Trukikaitis_Postimees, lk 16
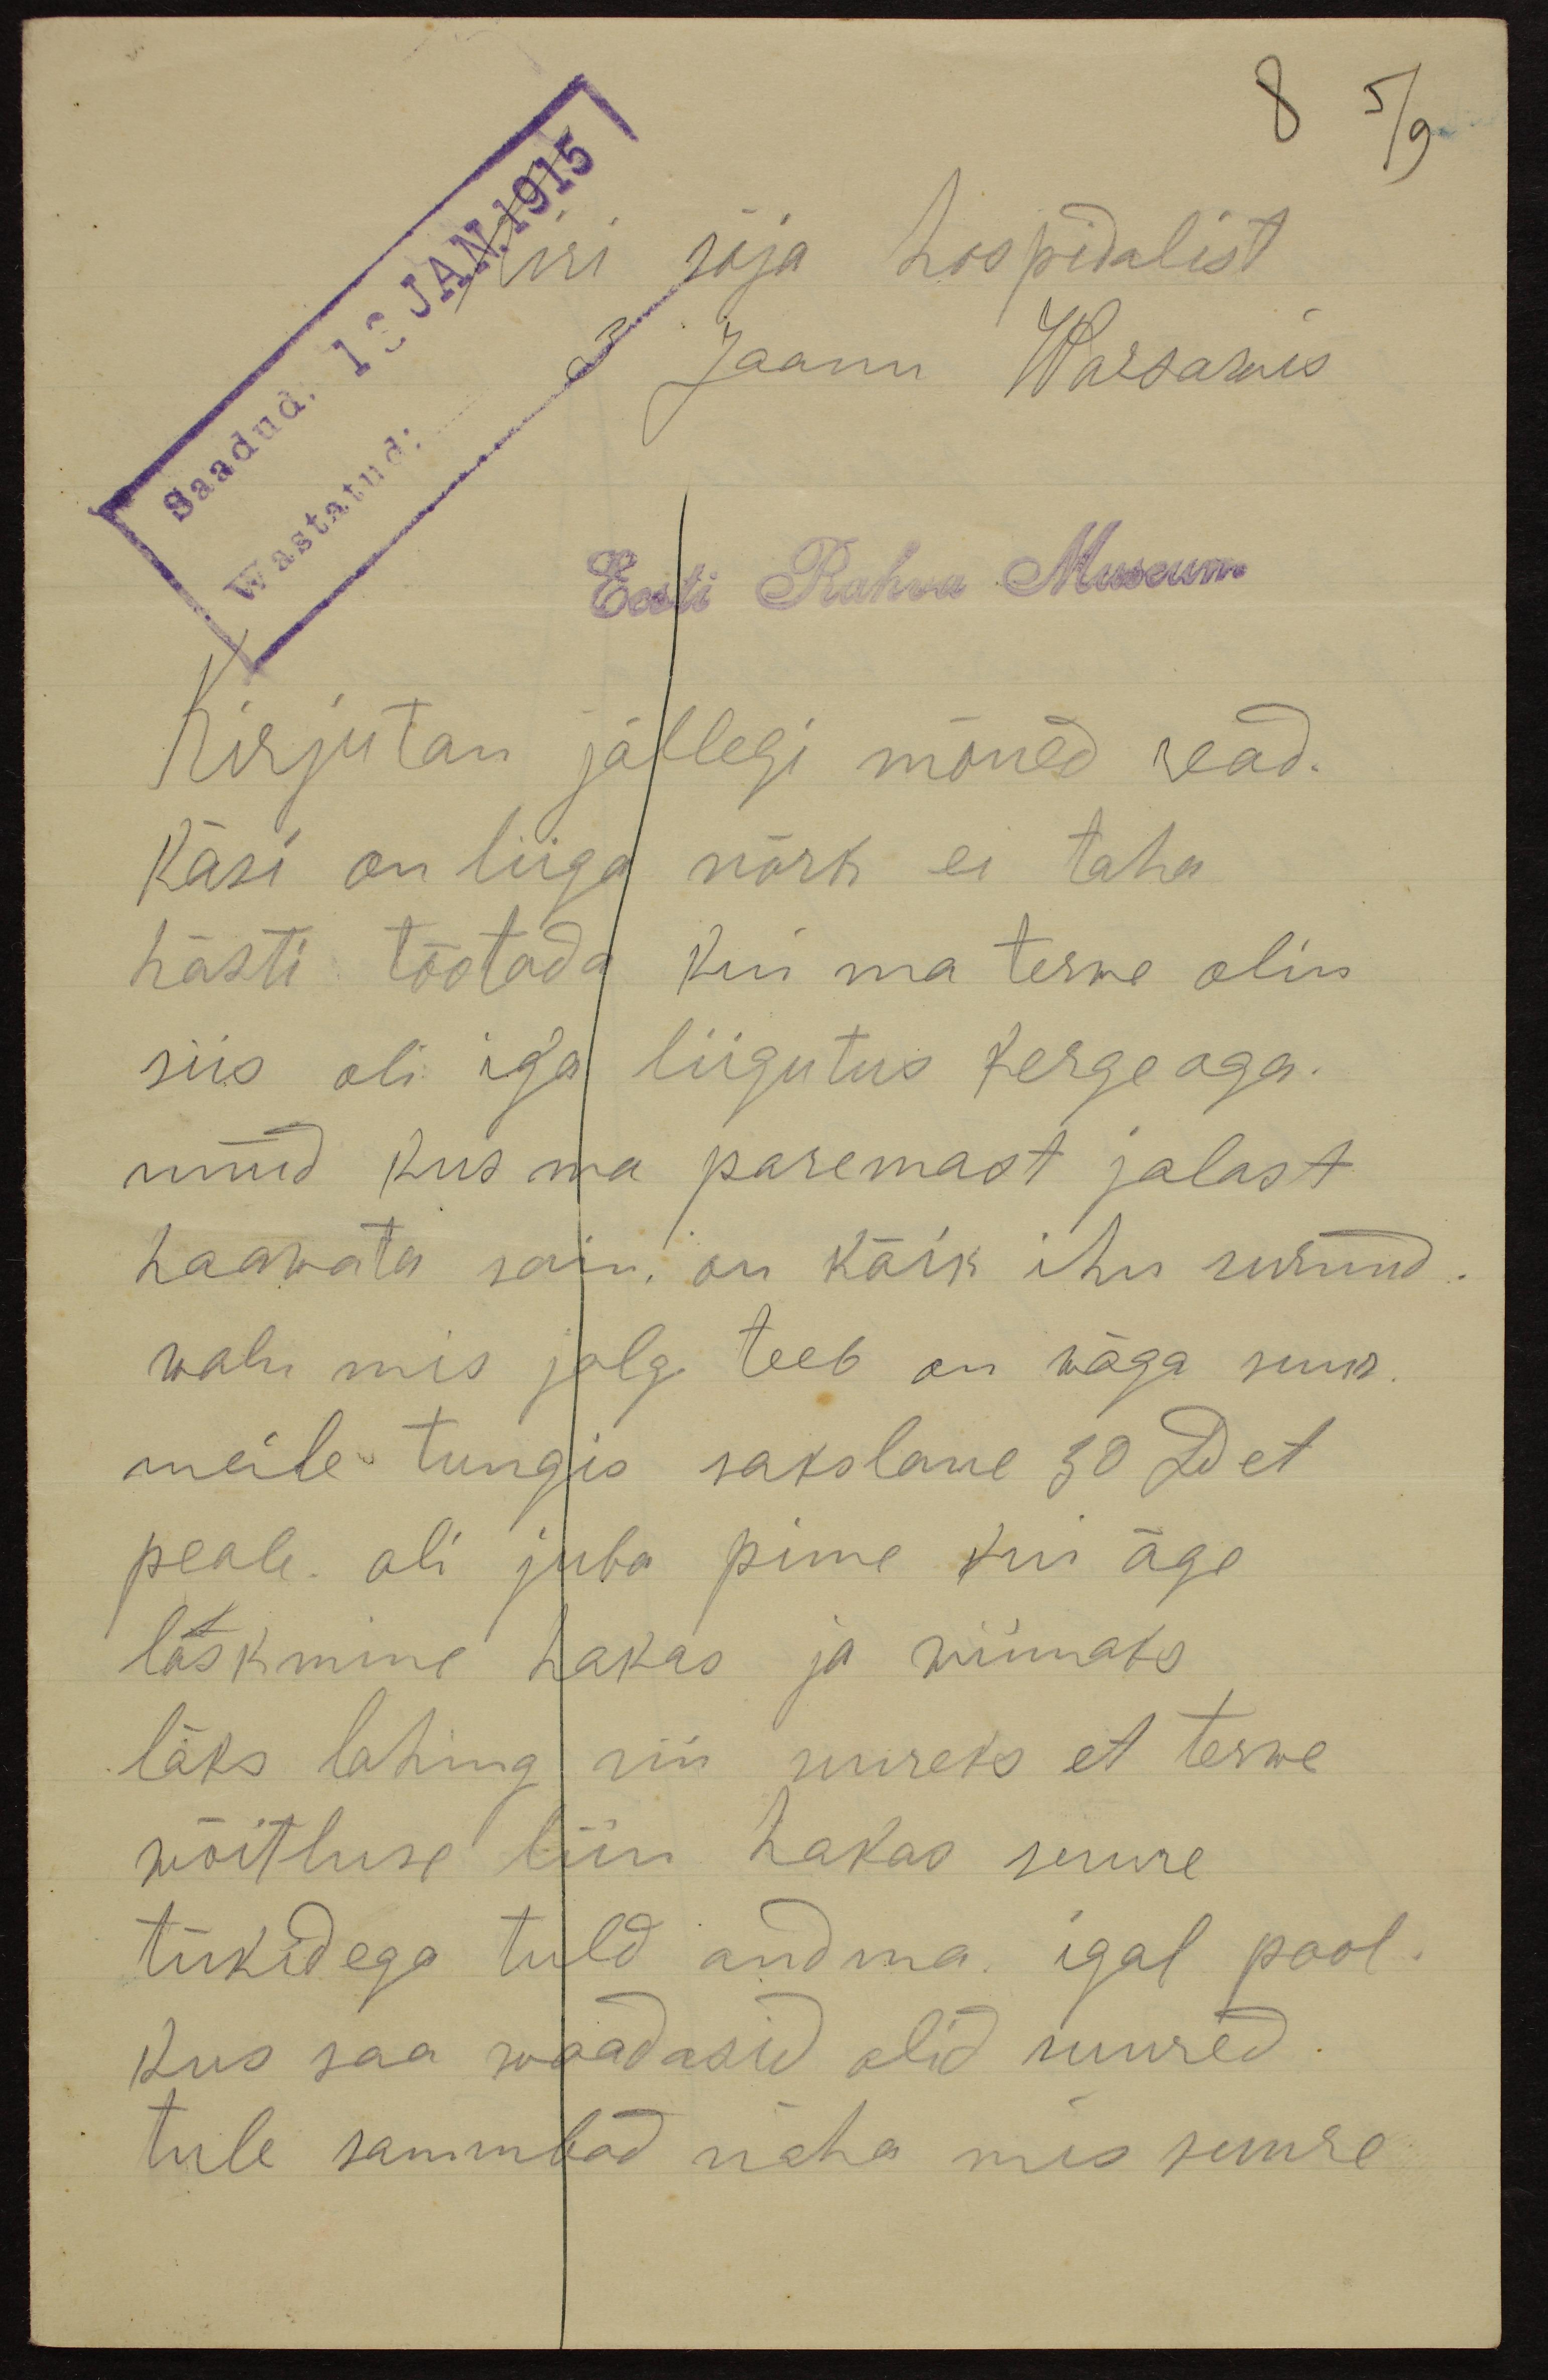
8 5/9
Saadud 13 JAN. 1915
3 Jaanu Warsawis
Kiri sõja hospidalist
Wastatud:
Eesti Rahva Museum
Kirjutan jällegi mõned read.
Käsi on liiga nõrk ei taha
hästi tõotada kui ma terwe olin
siis oli iga liigutus kerge aga.
nüüd kus ma paremast jalast
haawata sain, on kõik ihu surnud.
walu mis jalg teeb on wäga suur
meile tungis sakslane 30 Det
peale oli juba pime kui äge
laskmine hakas ja wiimaks
läks lahing nii uureks et terwe
wõitluse liin hakas suure
tükidega tuld andma. igal pool,
kus saa waadasid olid suured.
tule sammbad näha mis suure